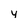
Character: y